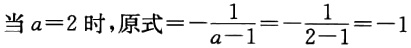
当 \(a = 2\) 时，原式 \(=-\frac{1}{a - 1}=-\frac{1}{2 - 1}=-1\)